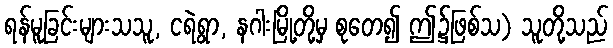
ရန်မူခြင်းများသသူ, ငရဲရွာ, နဂါးမြို့တို့မှ စုတေ၍ ဤ၌ဖြစ်သ) သူတို့သည်